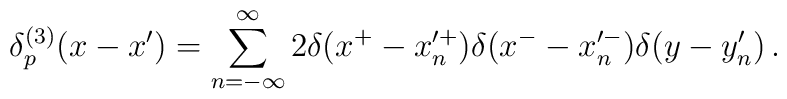
\delta_p^{(3)}( x - x') =\sum_{n= -\infty}^{\infty}    2 \delta( x^+ - x'^+_n)\delta(x^- - x'^-_n)\delta(y - y'_n)\,.